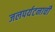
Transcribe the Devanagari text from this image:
जलपर्यटनाची